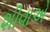
શીવાએ